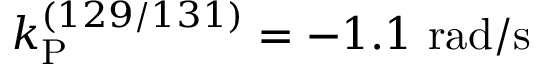
k _ { \mathrm { P } } ^ { ( 1 2 9 / 1 3 1 ) } = - 1 . 1 ~ \mathrm { r a d / s }